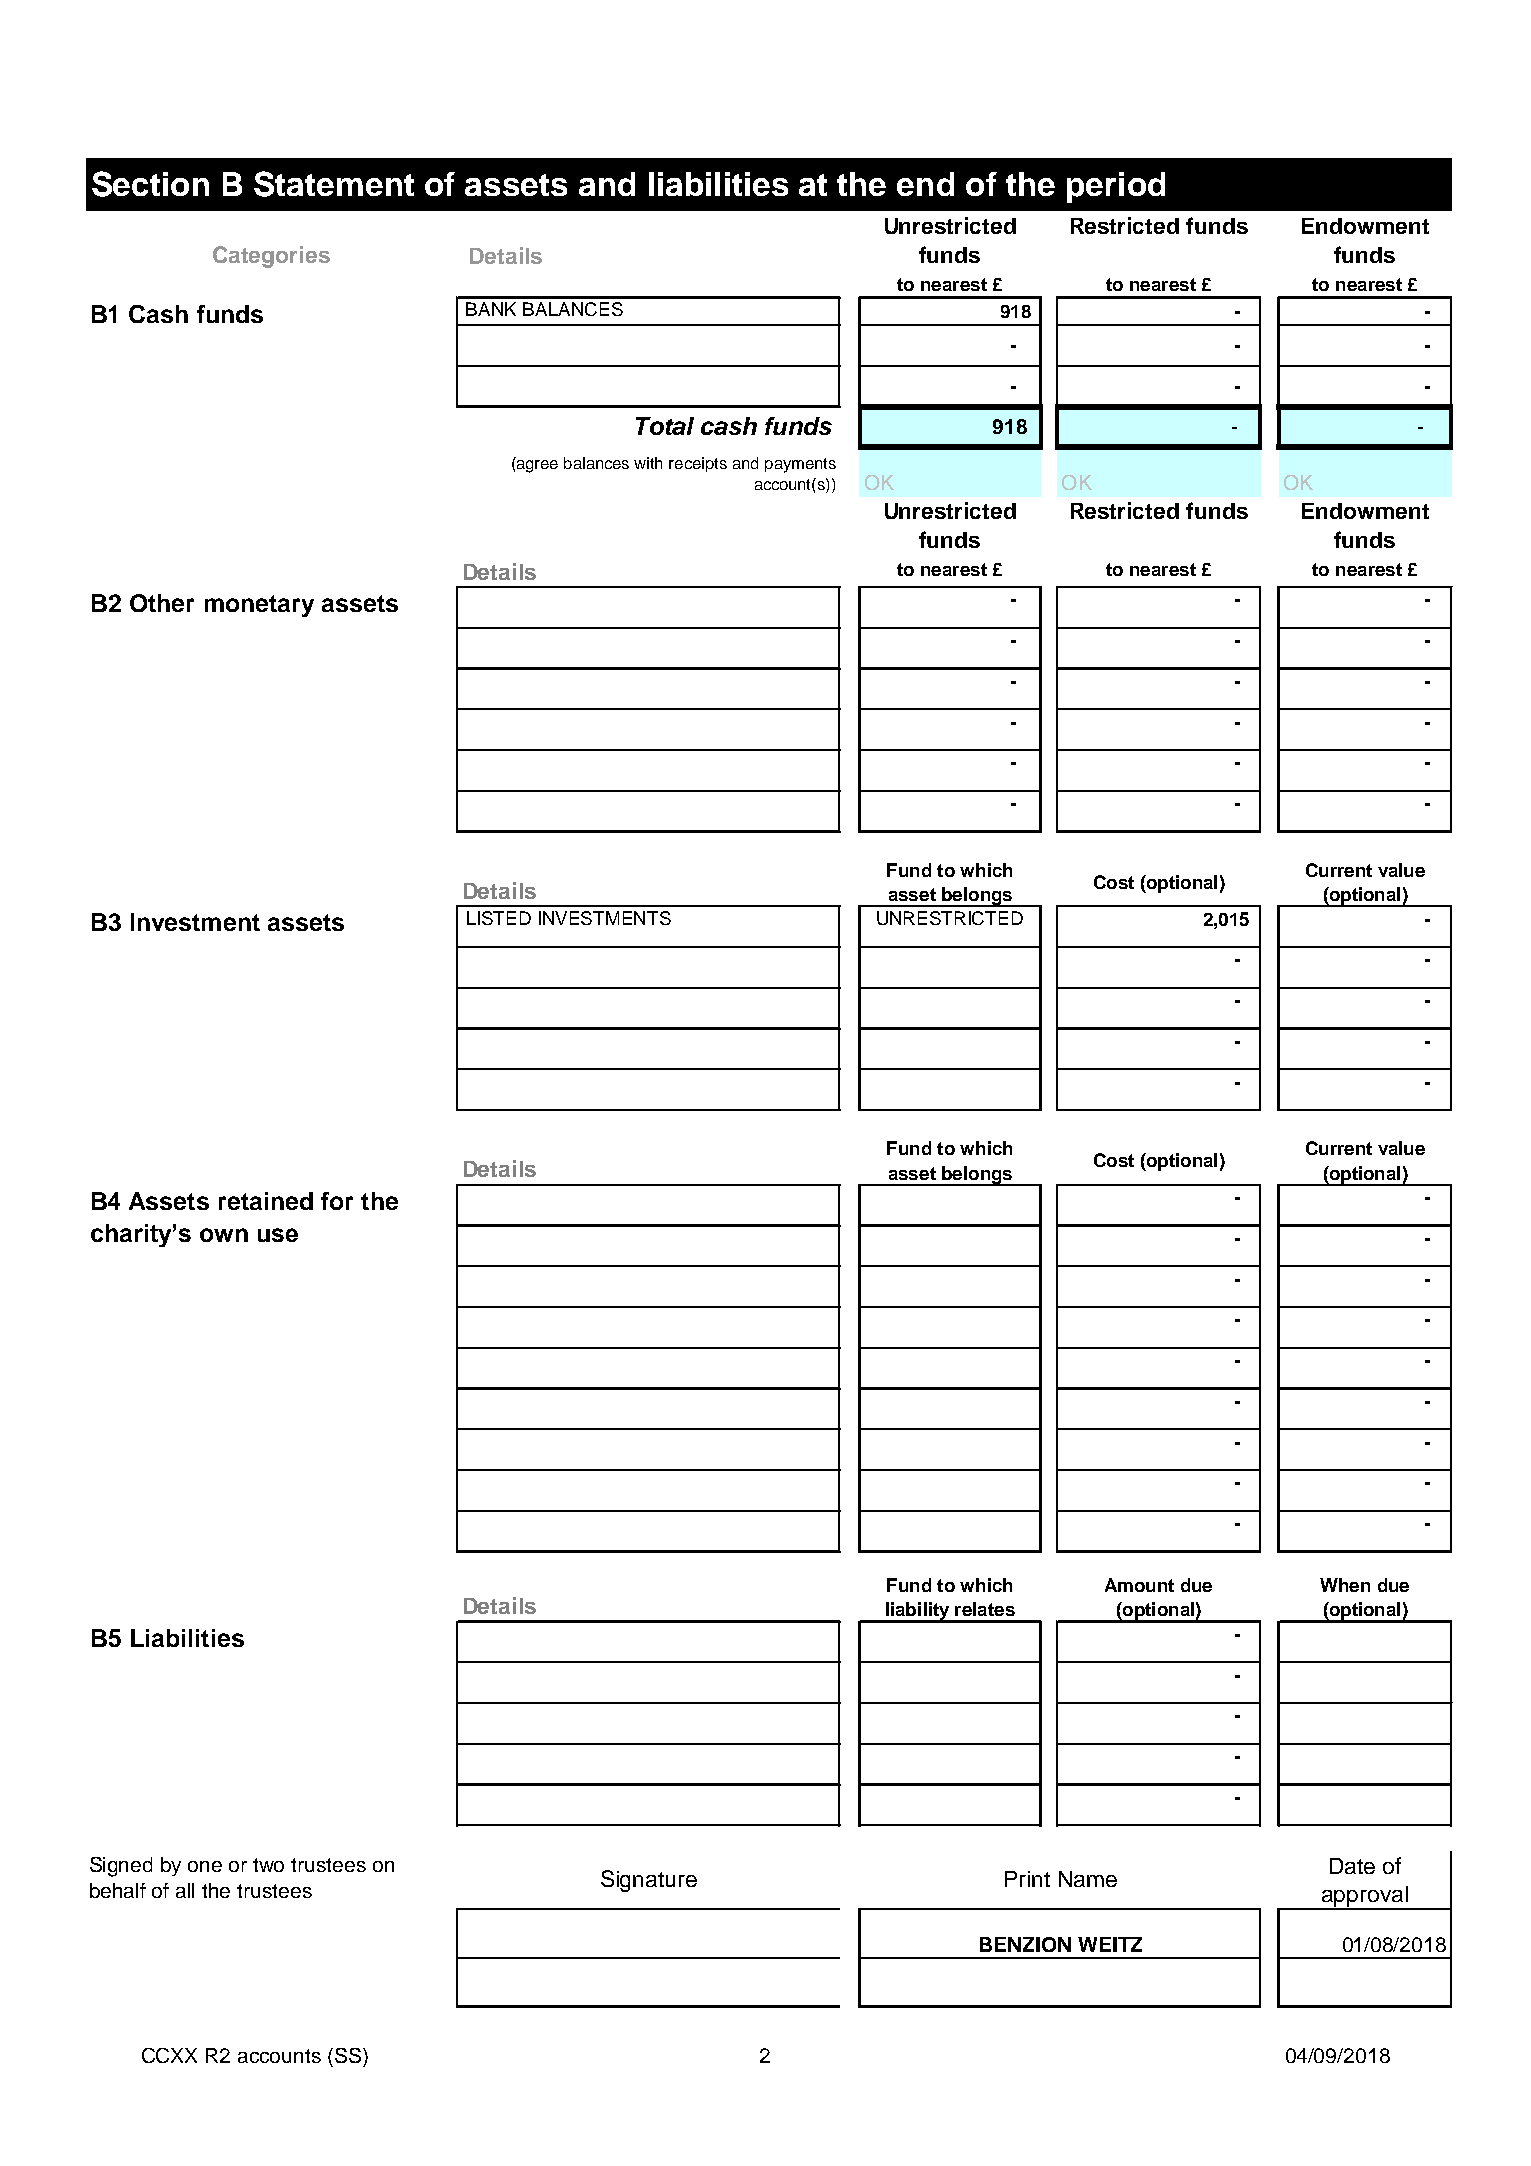
Section  B Statement  of assets and  liabilities at the end of the period
 Unrestricted Restricted funds Endowment
 Categories       Details                       funds                      funds
 to nearest £  to nearest £  to nearest £
 B1 Cash funds            BANK BALANCES                      918             -           -
 -              -           -
 -              -           -
 Total cash funds        918            -            -
 (agree balances with receipts and payments
 account(s)) OK      OK             OK
 Unrestricted Restricted funds Endowment
 funds                      funds
 Details                     to nearest £  to nearest £  to nearest £
 B2 Other monetary assets                                     -              -           -
 -              -           -
 -              -           -
 -              -           -
 -              -           -
 -              -           -
 Fund to which              Current value
 Cost (optional)
 Details                     asset belongs                (optional)
 B3 Investment assets     LISTED INVESTMENTS         UNRESTRICTED          2,015         -
 -           -
 -           -
 -           -
 -           -
 Fund to which              Current value
 Cost (optional)
 Details                     asset belongs                (optional)
 B4 Assets retained for the                                                  -           -
 charity’s own use
 -           -
 -           -
 -           -
 -           -
 -           -
 -           -
 -           -
 -           -
 Fund to which Amount due    When due
 Details                     liability relates (optional) (optional)
 B5 Liabilities                                                              -
 -
 -
 -
 -
 Signed by one or two trustees on                                                  Date of
 Signature                 Print Name
 behalf of all the trustees                                                       approval
 BENZION WEITZ           01/08/2018
 CCXX R2 accounts (SS)                    2                                  04/09/2018